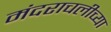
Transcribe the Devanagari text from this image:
मंदराचलीच्या